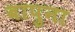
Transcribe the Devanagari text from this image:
बापुना